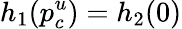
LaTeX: h_{1}(p_{c}^{u})=h_{2}(0)